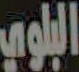
البلوي